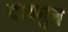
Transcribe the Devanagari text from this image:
दलमुन